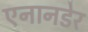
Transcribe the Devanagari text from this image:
एनानडेर